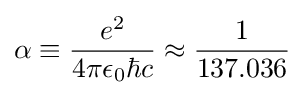
\alpha \equiv {\frac {e^{2}}{4\pi \epsilon _{0}\hbar c}}\approx {\frac {1}{137.036}}